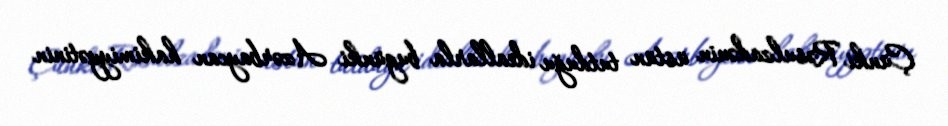
Çünki Rəsulzadənin üstün tutduğu ideallarla bugünki Azərbaycan hakimiyyətinin